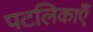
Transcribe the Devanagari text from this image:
पटलिकाएँ